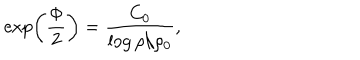
\exp \left( { \frac { \Phi } { 2 } } \right) = { \frac { C _ { 0 } } { \log { \rho / \rho _ { 0 } } } } ,